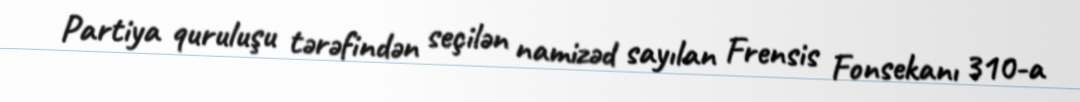
Partiya quruluşu tərəfindən seçilən namizəd sayılan Frensis Fonsekanı 310-a